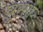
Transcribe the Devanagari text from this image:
घुसाए